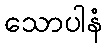
သောပါနံ